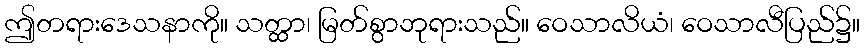
ဤတရားဒေသနာကို။ သတ္ထာ၊ မြတ်စွာဘုရားသည်။ ဝေသာလိယံ၊ ဝေသာလီပြည်၌။